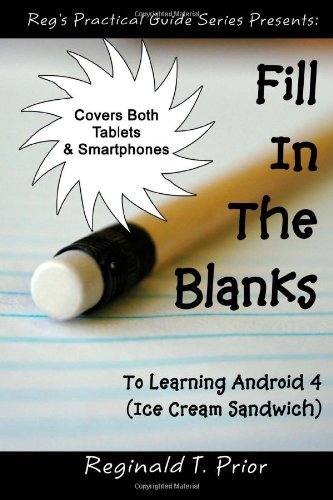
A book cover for Fill In The Blanks To Learning Android 4 - Ice Cream Sandwich; Reginald T Prior; Computers & Technology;